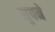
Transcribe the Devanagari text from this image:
सुपने